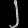
Digit: ၂